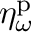
\eta _ { \omega } ^ { \mathrm { p } }